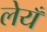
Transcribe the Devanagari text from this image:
लेयँ